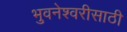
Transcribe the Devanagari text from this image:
भुवनेश्वरीसाठी